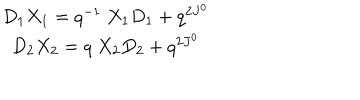
\begin{array} { c } { { D _ { 1 } X _ { 1 } = q ^ { - 1 } \ X _ { 1 } D _ { 1 } + q ^ { 2 J ^ { 0 } } } } \\ { { D _ { 2 } X _ { 2 } = q \ X _ { 2 } D _ { 2 } + q ^ { 2 J ^ { 0 } } } } \\ \end{array}